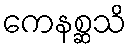
ကေနစ္ဆသိ